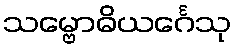
သမ္ဗောဓိယင်္ဂေသု